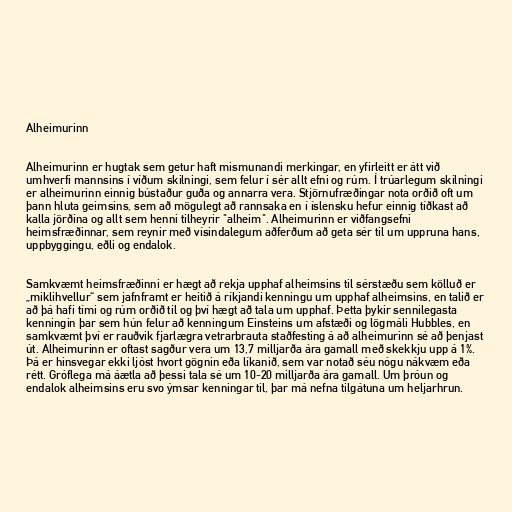
Alheimurinn

Alheimurinn er hugtak sem getur haft mismunandi merkingar, en yfirleitt er átt við
umhverfi mannsins í víðum skilningi, sem felur í sér allt efni og rúm. Í trúarlegum skilningi
er alheimurinn einnig bústaður guða og annarra vera. Stjörnufræðingar nota orðið oft um
þann hluta geimsins, sem að mögulegt að rannsaka en í íslensku hefur einnig tíðkast að
kalla jörðina og allt sem henni tilheyrir "alheim". Alheimurinn er viðfangsefni
heimsfræðinnar, sem reynir með vísindalegum aðferðum að geta sér til um uppruna hans,
uppbyggingu, eðli og endalok.

Samkvæmt heimsfræðinni er hægt að rekja upphaf alheimsins til sérstæðu sem kölluð er
„miklihvellur“ sem jafnframt er heitið á ríkjandi kenningu um upphaf alheimsins, en talið er
að þá hafi tími og rúm orðið til og því hægt að tala um upphaf. Þetta þykir sennilegasta
kenningin þar sem hún felur að kenningum Einsteins um afstæði og lögmáli Hubbles, en
samkvæmt því er rauðvik fjarlægra vetrarbrauta staðfesting á að alheimurinn sé að þenjast
út. Alheimurinn er oftast sagður vera um 13,7 milljarða ára gamall með skekkju upp á 1%.
Þá er hinsvegar ekki ljóst hvort gögnin eða líkanið, sem var notað séu nógu nákvæm eða
rétt. Gróflega má áætla að þessi tala sé um 10-20 milljarða ára gamall. Um þróun og
endalok alheimsins eru svo ýmsar kenningar til, þar má nefna tilgátuna um heljarhrun.